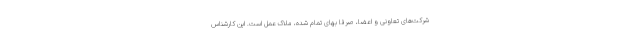
شرکت‌های تعاونی و اعضا، صرفا بهای تمام شده، ملاک عمل است. این کارشناس